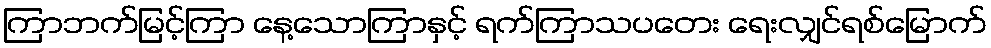
ကြာဘက်မြင့်ကြာ နေ့သောကြာနှင့် ရက်ကြာသပတေး ရေးလျှင်ရစ်မြောက်